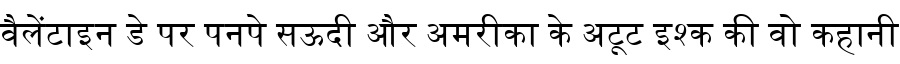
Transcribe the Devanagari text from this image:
वैलेंटाइन डे पर पनपे सऊदी और अमरीका के अटूट इश्क की वो कहानी